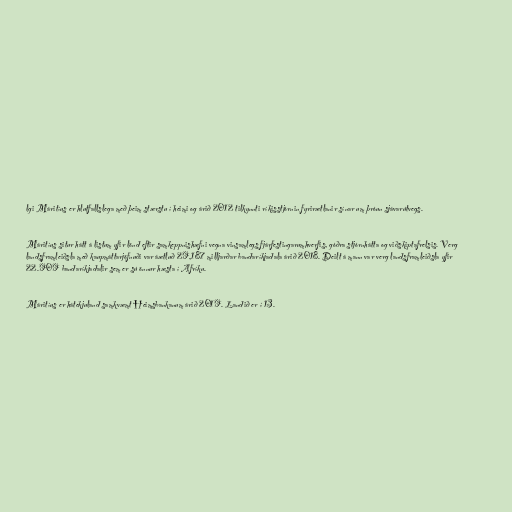
lgi Máritíus er hlutfallslega með þeim stærstu í heimi og árið 2012 tilkynnti ríkisstjórnin fyrirætlanir sínar um þróun sjávarútvegs.

Máritíus situr hátt á listum yfir lönd eftir samkeppnishæfni vegna vinsamlegs fjárfestingarumhverfis, góðra stjórnhátta og viðskiptafrelsis. Verg
landsframleiðsla með kaupmáttarjöfnuði var áætluð 29,187 milljarðar bandaríkjadala árið 2018. Deilt á mann var verg landsframleiðsla yfir
22.909 bandaríkjadalir sem er sú önnur hæsta í Afríku.

Máritíus er hátekjuland samkvæmt Heimsbankanum árið 2019. Landið er í 13.